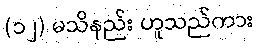
(၁၂) မသိနည်း ဟူသည်ကား